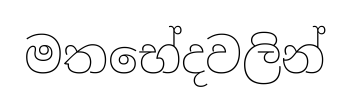
මතභේදවලින්